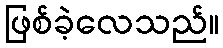
ဖြစ်ခဲ့လေသည်။